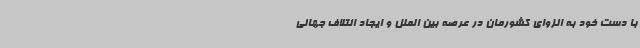
با دست خود به انزوای کشورمان در عرصه بین الملل و ایجاد ائتلاف جهانی